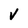
Character: v